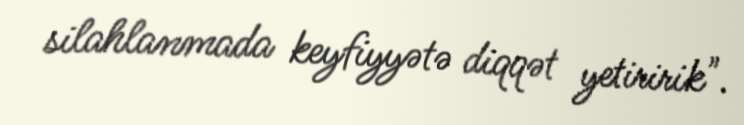
silahlanmada keyfiyyətə diqqət yetiririk".